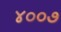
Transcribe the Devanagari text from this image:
४००७